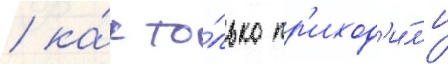
/ ка́к то́лько пр'иход'и́л'и